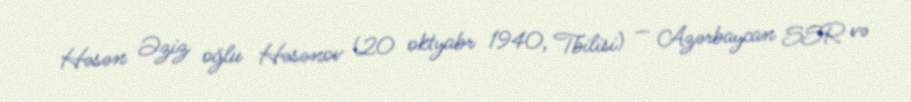
Həsən Əziz oğlu Həsənov (20 oktyabr 1940, Tbilisi) — Azərbaycan SSR və